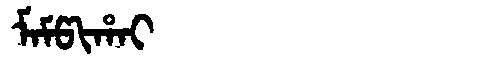
Manchu: ᠮᠠᠮᡦᡳᡥᠠᡳ
Romanization: MAMPIHAI